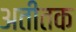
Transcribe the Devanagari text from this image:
अतीतक